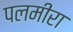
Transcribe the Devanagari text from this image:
पलमीरा